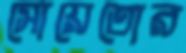
সোয়েতোর